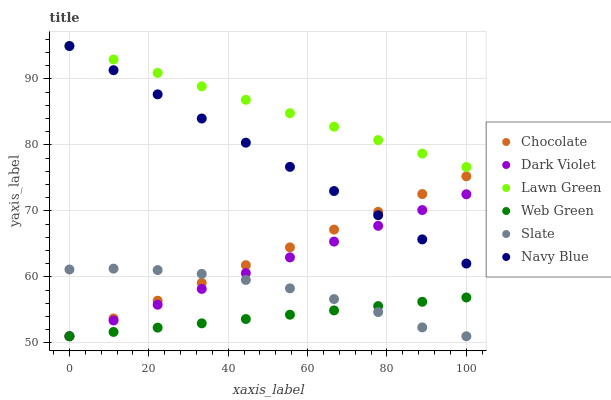
| xaxis_label | Chocolate | Dark Violet | Lawn Green | Web Green | Slate | Navy Blue |
 | --- | --- | --- | --- | --- | --- | --- |
 | 0 | 51 | 51 | 95 | 51 | 61.1 | 95 |
 | 11.1 | 53.7 | 53.4 | 93 | 51.7 | 61.3 | 91.3 |
 | 22.2 | 56.4 | 55.8 | 90.9 | 52.3 | 61 | 87.7 |
 | 33.3 | 59.1 | 58.2 | 88.9 | 53 | 60.5 | 84 |
 | 44.4 | 61.8 | 60.6 | 86.8 | 53.6 | 59.5 | 80.3 |
 | 55.6 | 64.5 | 63 | 84.8 | 54.3 | 58.3 | 76.7 |
 | 66.7 | 67.2 | 65.3 | 82.8 | 54.9 | 56.6 | 73 |
 | 77.8 | 69.9 | 67.7 | 80.7 | 55.6 | 54.7 | 69.4 |
 | 88.9 | 72.6 | 70.1 | 78.7 | 56.2 | 52.3 | 65.7 |
 | 100 | 75.3 | 72.5 | 76.7 | 56.9 | 51 | 62 |